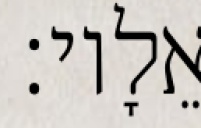
אֵלָיו׃